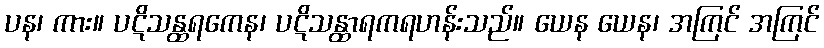
ပန၊ ကား။ ပဋိသန္ထရကေန၊ ပဋိသန္ထာရကရဟန်းသည်။ ယေန ယေန၊ အကြင် အကြင်